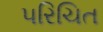
૫રિચિત